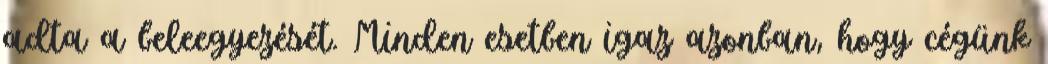
adta a beleegyezését. Minden esetben igaz azonban, hogy cégünk